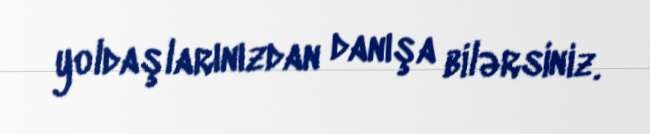
yoldaşlarınızdan danışa bilərsiniz.